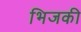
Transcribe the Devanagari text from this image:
भिजकी